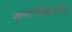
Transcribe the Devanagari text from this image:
समाजोद्धर्तारः